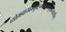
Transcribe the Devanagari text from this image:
व्योमवाय्वम्बुवह्न्याख्यभूतान्यासीत्